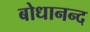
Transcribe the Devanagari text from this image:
बोधानन्द